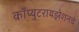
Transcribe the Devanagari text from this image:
काँप्युटरायझेशनचे